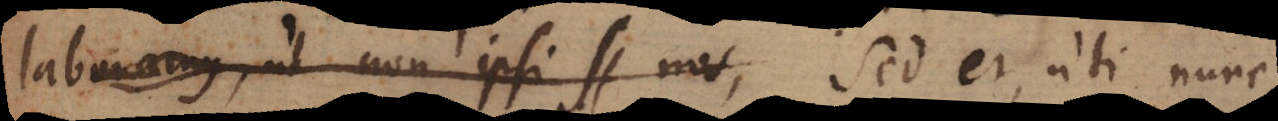
laboramus, ut non ipsi st nos, Sed et, uti nunc